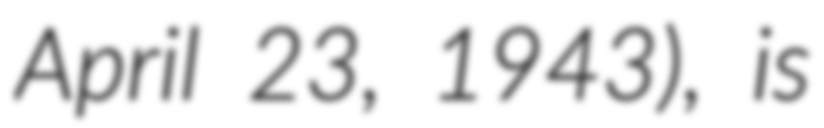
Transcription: April 23, 1943), is